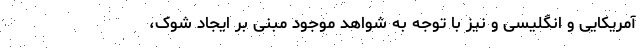
آمریکایی و انگلیسی و نیز با توجه به شواهد موجود مبنی بر ایجاد شوک،